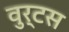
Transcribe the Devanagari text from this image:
वुर्टस